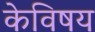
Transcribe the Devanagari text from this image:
केविषय